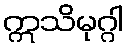
ဣသိမုဂ္ဂါ